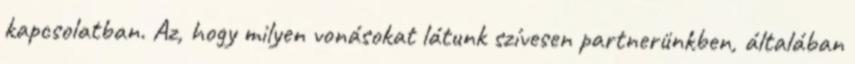
kapcsolatban. Az, hogy milyen vonásokat látunk szívesen partnerünkben, általában